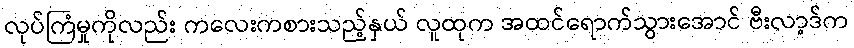
လုပ်ကြံမှုကိုလည်း ကလေးကစားသည့်နှယ် လူထုက အထင်ရောက်သွားအောင် ဗီးလာ့ဒ်က